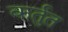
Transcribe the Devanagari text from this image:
कर्तुत